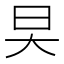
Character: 旲